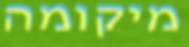
מיקומה